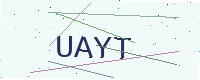
Text: UAYT